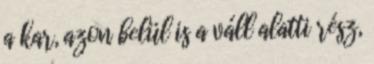
a kar, azon belül is a váll alatti rész,